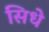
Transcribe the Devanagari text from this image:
सिधे